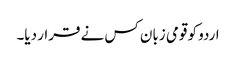
اردو کو قومی زبان کس نے قرار دیا۔